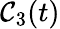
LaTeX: \mathcal{C}_{3}(t)